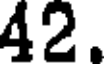
42.